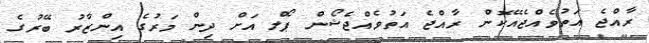
ރާއްޖެ އަތުވެއްޖެއޭކޮން ރާއްޖެ އަތުވެއްޖެޝޯން ޕޯލް އަށް ދިން މަރުގެ އިންޒާރު ބޭރުގެ